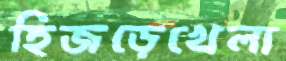
হিজড়েখেলা